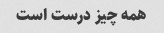
همه چیز درست است